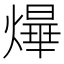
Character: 㷸